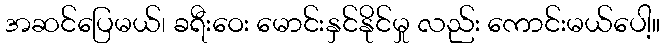
အဆင်ပြေမယ်၊ ခရီးဝေး မောင်းနှင်နိုင်မှု လည်း ကောင်းမယ်ပေါ့။